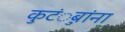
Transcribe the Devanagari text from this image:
कुटंुबांना